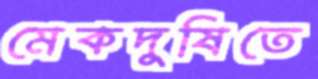
মেকদুষিতে